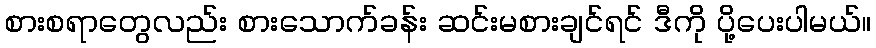
စားစရာတွေလည်း စားသောက်ခန်း ဆင်းမစားချင်ရင် ဒီကို ပို့ပေးပါမယ်။